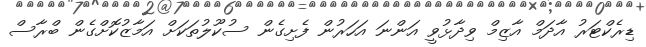
ޑިރެކްޓަރު އާދަމް އާޒިމް ވިދާޅުވީ އަންނަ އަހަރުން ފެށިގެން ސުކޫލުތަކަށް އަމާޒުކޮށްގެން ބްރާސް